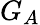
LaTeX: G_{A}